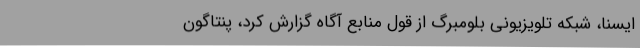
ایسنا، شبکه تلویزیونی بلومبرگ از قول منابع آگاه گزارش کرد، پنتاگون